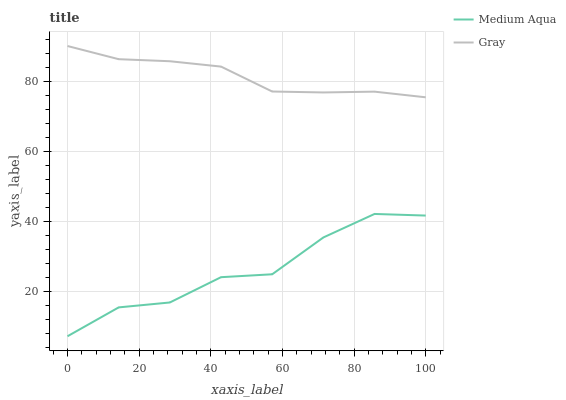
| xaxis_label | Medium Aqua | Gray |
 | --- | --- | --- |
 | 0 | 7.2 | 90 |
 | 14.3 | 15.4 | 86.2 |
 | 28.6 | 16.8 | 85.7 |
 | 42.9 | 24.1 | 84.1 |
 | 57.1 | 24.9 | 77 |
 | 71.4 | 35.4 | 76.8 |
 | 85.7 | 42.1 | 77 |
 | 100 | 41.6 | 75.4 |